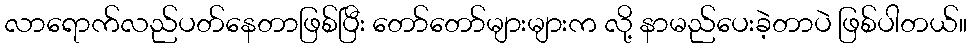
လာရောက်လည်ပတ်နေတာဖြစ်ပြီး တော်တော်များများက လို့ နာမည်ပေးခဲ့တာပဲ ဖြစ်ပါတယ်။